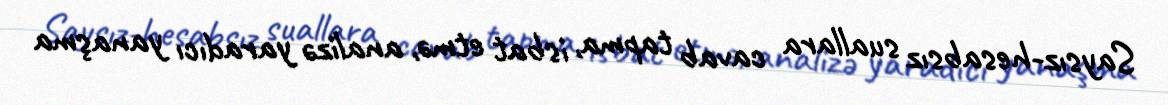
Saysız-hesabsız suallara cavab tapma, isbat etmə, analizə yaradıcı yanaşma